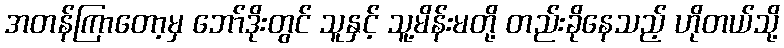
အတန်ကြာတော့မှ ဘော်ဒိုးတွင် သူနှင့် သူ့မိန်းမတို့ တည်းခိုနေသည့် ဟိုတယ်သို့